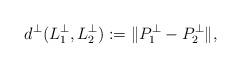
LaTeX: \begin{align*}d^{\perp}(L^{\perp}_{1}, L^{\perp}_{2}):= \| P^{\perp}_{1} - P^{\perp}_{2}\|,\end{align*}